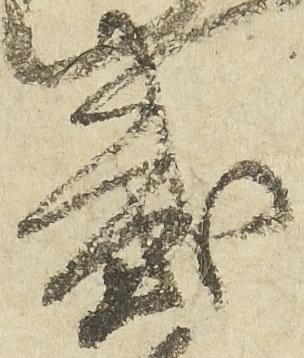
弐